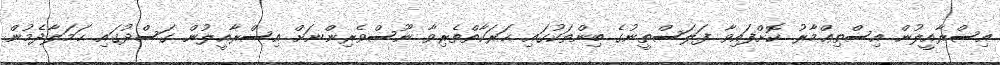
އިސްރާއީލުން އިސްތިޢްމާރު ކޮށްފައިވާ ފަލަސްތީނުގެ ބިންތަކުގައި ޙަރަކާތްތެރިވާ ނޫސްވެރިންނަށް އިސްރާއީލުން ގަސްދުގައި ޙަމަލާދެމުން